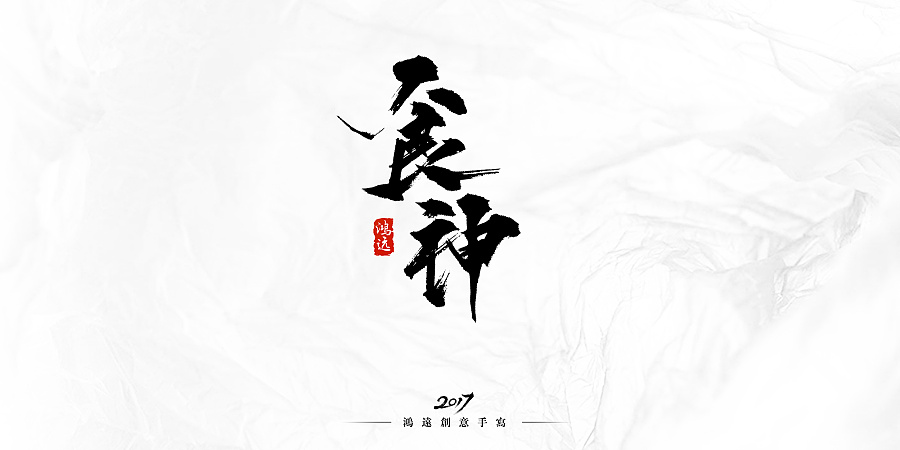
此意有谁知，恨与孤鸿远。